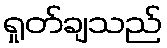
ရှုတ်ချသည်